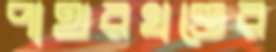
পাথরখণ্ডের